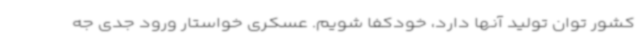
کشور توان تولید آنها دارد، خودکفا شویم. عسکری خواستار ورود جدی جه